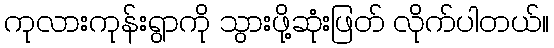
ကုလားကုန်းရွာကို သွားဖို့ဆုံးဖြတ် လိုက်ပါတယ်။